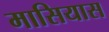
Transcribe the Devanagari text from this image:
मासियास